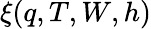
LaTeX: \xi(q,T,W,h)